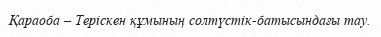
Қараоба – Теріскен құмының солтүстік-батысындағы тау.